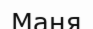
Маня